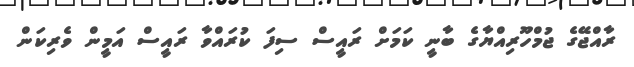
ރާއްޖޭގެ ޖުމްހޫރިއްޔާގެ ބާނީ ކަމަށް ރައީސް ސިފަ ކުރައްވާ ރައީސް އަމީން ވެރިކަން